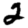
Digit: 2